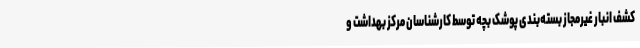
کشف انبار غیرمجاز بسته‌بندی پوشک بچه توسط کارشناسان مرکز بهداشت و